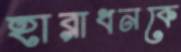
হারাধনকে